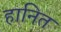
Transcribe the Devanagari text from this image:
हानित